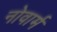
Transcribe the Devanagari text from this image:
नोवार्म